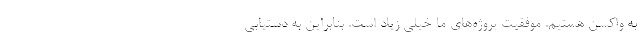
به واکسن هستیم. موفقیت پروژه‌های ما خیلی زیاد است. بنابراین به دستیابی